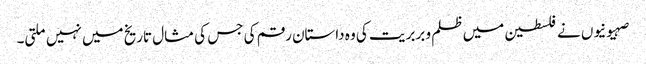
صہیونیوں نے فلسطین میں ظلم و بربریت کی وہ داستان رقم کی جس کی مثال تاریخ میں نہیں ملتی۔